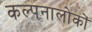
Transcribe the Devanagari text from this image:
कल्पनालोकों